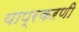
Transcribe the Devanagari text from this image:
याप्रकऱणी